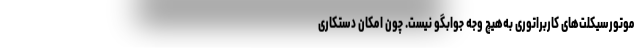
موتورسیکلت‌های کاربراتوری به‌هیچ وجه جوابگو نیست. چون امکان دستکاری